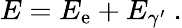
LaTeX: E=E_{\textrm{e}}+E_{\gamma^{\prime}}\ .